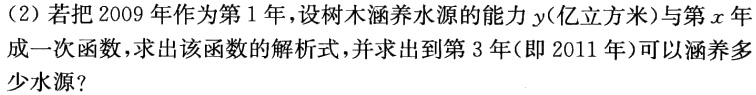
(2)若把2009年作为第1年，设树木涵养水源的能力\(y\)(亿立方米)与第\(x\)年成一次函数，求出该函数的解析式，并求出到第3年(即2011年)可以涵养多